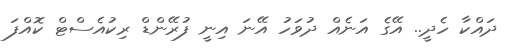
ދައްކާ ހެދީ.. އޭގެ އަނެއް ދުވަހު އޭނަ އިނީ ފުރޭންޑް ރިކުއެސްޓް ކޮއްފަ